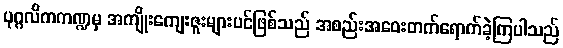
ပုဂ္ဂလိကကဏ္ဍမှ အကျိုးကျေးဇူးများပင်ဖြစ်သည် အစည်းအဝေးတက်ရောက်ခဲ့ကြပါသည်